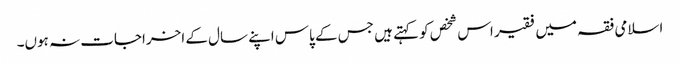
اسلامی فقہ میں فقیر اس شخص کو کہتے ہیں جس کے پاس اپنے سال کے اخراجات نہ ہوں۔